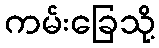
ကမ်းခြေသို့